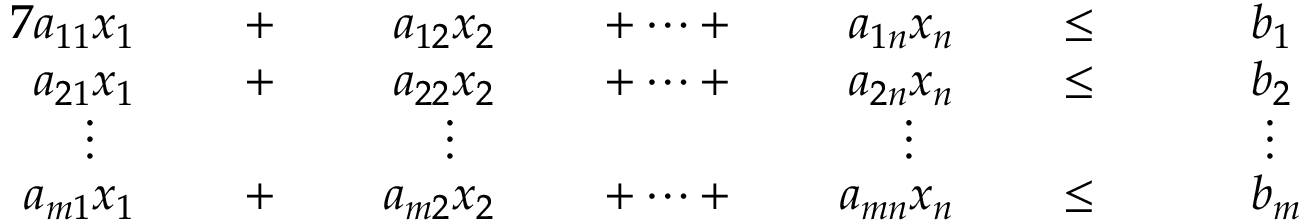
{ \begin{array} { r l r l r l r l r l r l r l } { { 7 } a _ { 1 1 } x _ { 1 } } & { } & { \; + \; } & { } & { a _ { 1 2 } x _ { 2 } } & { } & { \; + \cdots + \; } & { } & { a _ { 1 n } x _ { n } } & { } & { \; \leq \; } & { } & & { b _ { 1 } } \\ { a _ { 2 1 } x _ { 1 } } & { } & { \; + \; } & { } & { a _ { 2 2 } x _ { 2 } } & { } & { \; + \cdots + \; } & { } & { a _ { 2 n } x _ { n } } & { } & { \; \leq \; } & { } & & { b _ { 2 } } \\ { \vdots \; \; \; } & { } & & { } & { \vdots \; \; \; } & { } & & { } & { \vdots \; \; \; } & { } & & { } & & { \; \vdots } \\ { a _ { m 1 } x _ { 1 } } & { } & { \; + \; } & { } & { a _ { m 2 } x _ { 2 } } & { } & { \; + \cdots + \; } & { } & { a _ { m n } x _ { n } } & { } & { \; \leq \; } & { } & & { b _ { m } } \end{array} }